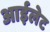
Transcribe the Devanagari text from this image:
आईलेट